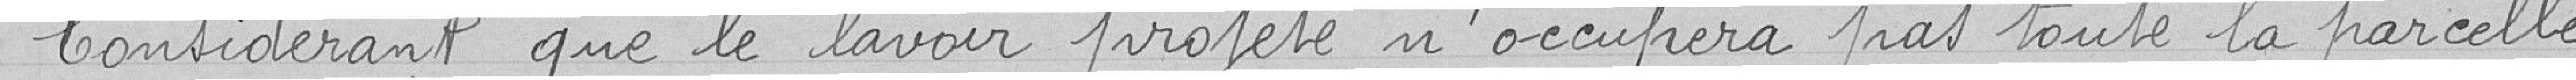
Considérant que le lavoir projeté n'occupera pas toute la parcelle